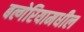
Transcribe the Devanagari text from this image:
बल्गेरियामधील